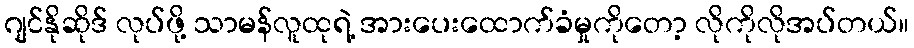
ဂျင်နိုဆိုဒ် လုပ်ဖို့ သာမန်လူထုရဲ့ အားပေးထောက်ခံမှုကိုတော့ လိုကိုလိုအပ်တယ်။